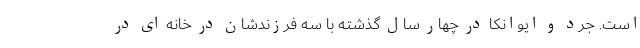
است. جرد و ایوانکا در چهار سال گذشته با سه فرزندشان در خانه ای در